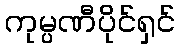
ကုမ္ပဏီပိုင်ရှင်